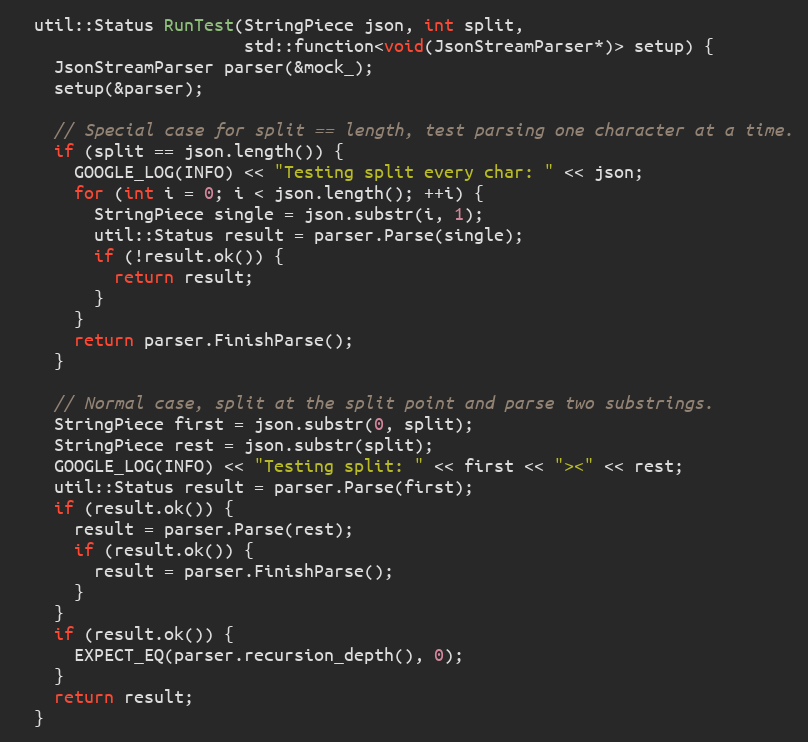
Language: C++
  util::Status RunTest(StringPiece json, int split,
                       std::function<void(JsonStreamParser*)> setup) {
    JsonStreamParser parser(&mock_);
    setup(&parser);

    // Special case for split == length, test parsing one character at a time.
    if (split == json.length()) {
      GOOGLE_LOG(INFO) << "Testing split every char: " << json;
      for (int i = 0; i < json.length(); ++i) {
        StringPiece single = json.substr(i, 1);
        util::Status result = parser.Parse(single);
        if (!result.ok()) {
          return result;
        }
      }
      return parser.FinishParse();
    }

    // Normal case, split at the split point and parse two substrings.
    StringPiece first = json.substr(0, split);
    StringPiece rest = json.substr(split);
    GOOGLE_LOG(INFO) << "Testing split: " << first << "><" << rest;
    util::Status result = parser.Parse(first);
    if (result.ok()) {
      result = parser.Parse(rest);
      if (result.ok()) {
        result = parser.FinishParse();
      }
    }
    if (result.ok()) {
      EXPECT_EQ(parser.recursion_depth(), 0);
    }
    return result;
  }